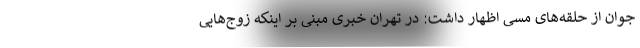
جوان از حلقه‌های مسی اظهار داشت: در تهران خبری مبنی بر اینکه زوج‌هایی